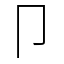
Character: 卩